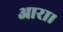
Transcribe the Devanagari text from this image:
आरा।